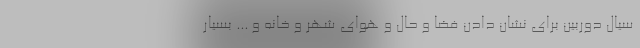
سیال دوربین برای نشان دادن فضا و حال و هوای شهر و خانه و ... بسیار